Vaccination in Bombay 1869-1873 - 1869-1873
Year: 1869
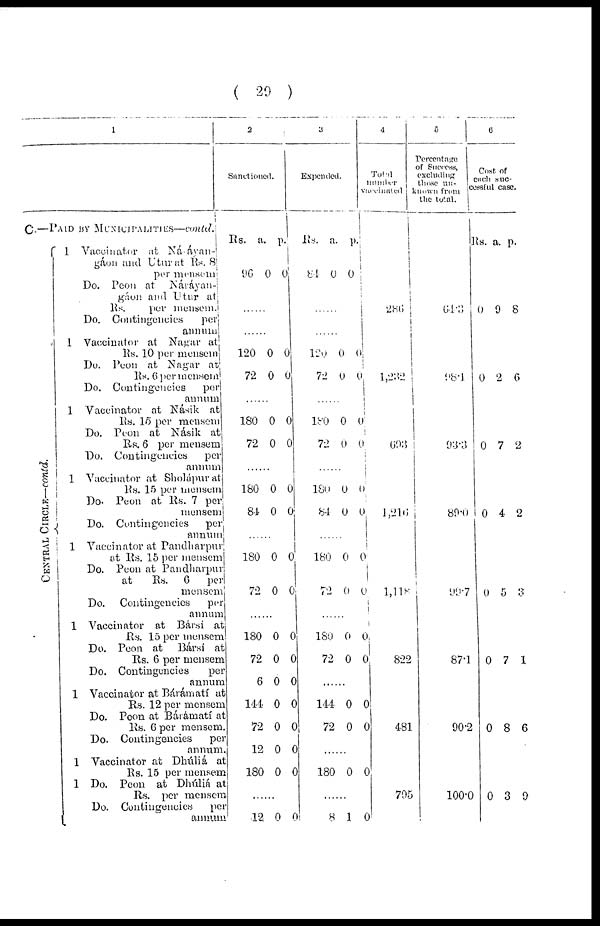
( 29 )
1
C.—PAID BY MUNICIPALITIES—contd.
CENTRAL CIRCLE—contd.
1 Vaccinator
at Náráyan¬
gáon and Utur at Rs. 8
per mensem
Do. Peon at Náráyan¬
gáon and Utur at
Rs.
per mensem.
Do. Contingencies
per
annum
1 Vaccinator at Nagar at
Rs. 10 per mensem
Do. Peon at. Nagar at
Rs. 6 per mensem
Do. Contingencies
per
annum
1 Vaccinator at Násik at
Rs. 15 per mensem
Do. Peon at Násik at
Rs. 6 per mensem
Do. Contingencies
per
annum
1 Vaccinator at Sholápur at
Rs. 15 per mensem
Do. Peon at Rs. 7 per
mensem
Do. Contingencies per
annum
1 Vaccinator at Pandharpur
at Rs. 15 per mensem
Do. Peon at Pandharpur
at
Rs. 6 per
mensem
Do.
Contingencies
per
annum
1 Vaccinator at Bársí at
Rs. 15 per mensem
Do. Peon at Bársí at
Rs. 6 per mensem
Do. Contingencies
per
annum
1 Vaccinator at Bárámatí at
Rs. 12 per mensem
Do. Peon at Bárámatí at
Rs. 6 per mensem.
Do. Contingencies
per
annum.
1 Vaccinator at Dhúliá at
Rs. 15 per mensem
1 Do. Peon at Dhúliá at
Rs. per mensem
Do. Contingencies
per
annum
2
Sanctioned.
Rs.
96
a.
0
p.
0
......
......
120
72
0
0
0
0
......
180
72
0
0
0
0
......
180
84
0
0
0
0
......
180
72
0
0
0
0
......
180
72
6
144
72
12
180
0
0
0
0
0
0
0
0
0
0
0
0
0
0
......
12 0 0
3
Expended.
Rs.
84
a.
0
p.
0
......
......
120
72
0
0
0
0
......
180
72
0
0
0
0
......
180
84
0
0
0
0
......
180
72
0
0
0
0
......
180
72
0
0
0
0
......
144
72
0
0
0
0
180 0 0
......
8 1 0
4
Total
number
vaccinated
286
1,232
693
1,216
1,118
822
481
795
5
Percentage
of Success,
excluding
those nu¬
known from
the total.
64.3
98.1
93.3
89.0
99.7
87.1
90.2
100.0
6
Cost of
each suc¬
cessful case.
Rs. a. p.
0 9 8
0 2 6
0 7 2
0 4 2
0 5 3
0 7 1
0 8 6
0 3 9